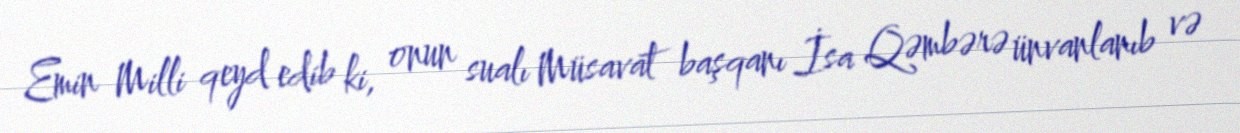
Emin Milli qeyd edib ki, onun sualı Müsavat başqanı İsa Qəmbərə ünvanlanıb və